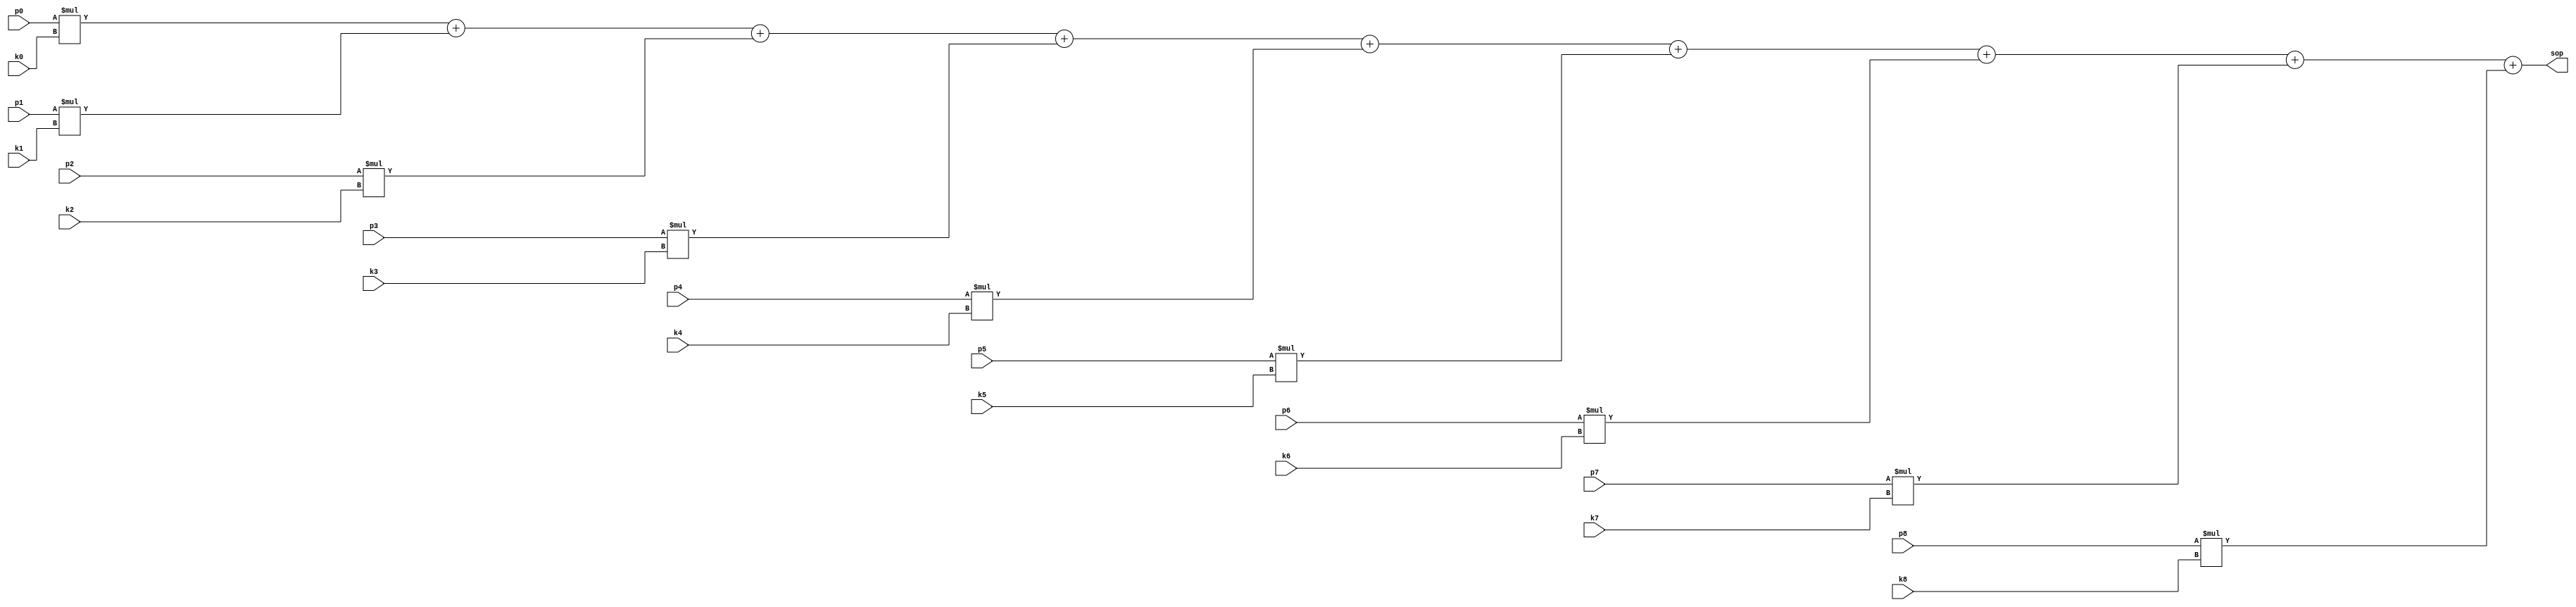
module sop (
    input [7:0] p0, p1, p2, p3, p4, p5, p6, p7, p8, k0, k1, k2, k3, k4, k5, k6, k7, k8,
    output reg [7:0] sop
);

    always @(*) 
    begin
        sop <= p0*k0 + p1*k1 + p2*k2 + p3*k3 + p4*k4 + p5*k5 + p6*k6 + p7*k7 + p8*k8;
    end
    
endmodule